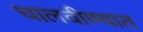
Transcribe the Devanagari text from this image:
चालवीण्यात